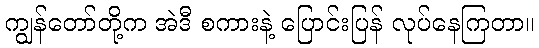
ကျွန်တော်တို့က အဲဒီ စကားနဲ့ ပြောင်းပြန် လုပ်နေကြတာ။